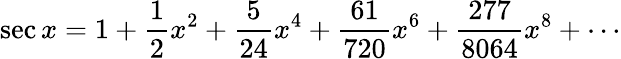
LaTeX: \sec x=1+{\frac{1}{2}}x^{2}+{\frac{5}{24}}x^{4}+{\frac{61}{720}}x^{6}+{\frac{277}{8064}}x^{8}+\cdots